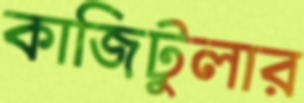
কাজিটুলার